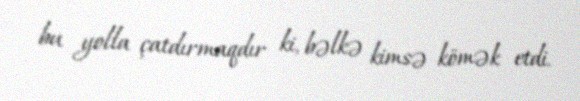
bu yolla çatdırmaqdır ki, bəlkə kimsə kömək etdi.